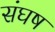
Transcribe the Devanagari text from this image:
संघष